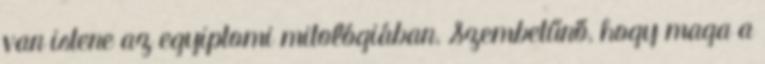
van istene az egyiptomi mitológiában. Szembetűnő, hogy maga a